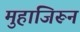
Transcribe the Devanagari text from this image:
मुहाजिरून